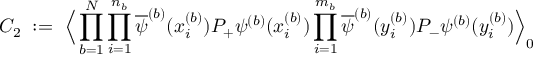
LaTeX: C _ { 2 } \; : = \; \Big \langle \prod _ { b = 1 } ^ { N } \prod _ { i = 1 } ^ { n _ { b } } \overline { { { \psi } } } ^ { ( b ) } ( x _ { i } ^ { ( b ) } ) P _ { + } \psi ^ { ( b ) } ( x _ { i } ^ { ( b ) } ) \prod _ { i = 1 } ^ { m _ { b } } \overline { { { \psi } } } ^ { ( b ) } ( y _ { i } ^ { ( b ) } ) P _ { - } \psi ^ { ( b ) } ( y _ { i } ^ { ( b ) } ) \Big \rangle _ { 0 }